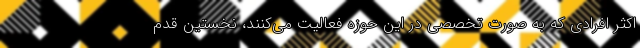
اکثر افرادی که به صورت تخصصی در این حوزه فعالیت می‌کنند، نخستین قدم